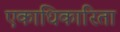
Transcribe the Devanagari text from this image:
एकाधिकारिता